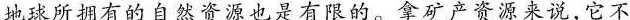
地球所拥有的自然资源也是有限的。拿矿产资源来说，它不